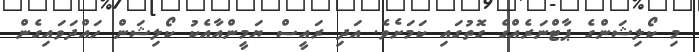
މި ކޯލިޝަންގެ ޕާޓްނަރެއްގެ ގޮތުގައި ކަމަށެވެ. އަދި ރައީސް ޔަމީންއާއެކު ކޯލިޝަން ހައްދަވައިގެން